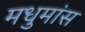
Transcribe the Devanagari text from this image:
मधुमांस